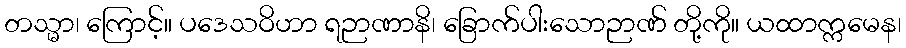
တသ္မာ၊ ကြောင့်။ ပဒေသဝိဟာ ရဉာဏာနိ၊ ခြောက်ပါးသောဉာဏ် တို့ကို။ ယထာက္ကမေန၊